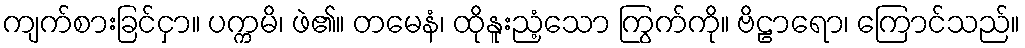
ကျက်စားခြင်ငှာ။ ပက္ကမိ၊ ဖဲ၏။ တမေနံ၊ ထိုနူးညံ့သော ကြွက်ကို။ ဗိဠာရော၊ ကြောင်သည်။